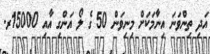
އަދި ތިންވަނަ އިނާމަކަށް މިނިވަން 50 ގެ ލޯ އަންގި އާއި 15000ރ.